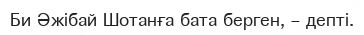
Би Әжібай Шотанға бата берген, – депті.